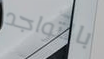
بالتواجد